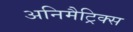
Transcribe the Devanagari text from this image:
अनिमैट्रिक्स